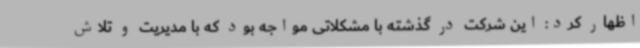
اظهار کرد: این شرکت در گذشته با مشکلاتی مواجه بود که با مدیریت و تلاش